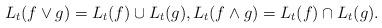
LaTeX: \begin{align*}L_t(f\vee g)=L_t(f)\cup L_t(g),L_t(f\wedge g)=L_t(f)\cap L_t(g).\end{align*}